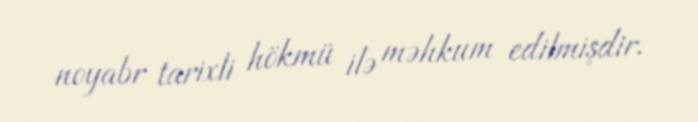
noyabr tarixli hökmü ilə məhkum edilmişdir.